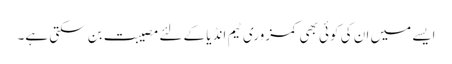
ایسے میں ان کی کوئی بھی کمزوری ٹیم انڈیا کے لئے مصیبت بن سکتی ہے۔